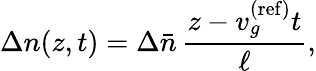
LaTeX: \Delta n(z,t)=\Delta\bar{n}\, \frac{z-v_{g}^{\mathrm{(ref)}}t}{\ell},